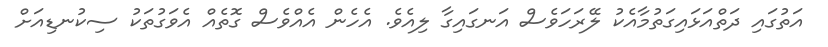
އަތުގައި ދަތްއަޅައިގަތުމާއެކު ލޭރަހަވެސް އަނގައިގާ ލިއެވެ. އެހެން އެއްވެސް ގޮތެއް އެވަގުތަކު ސިކުނޑިއަށް